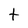
Character: t